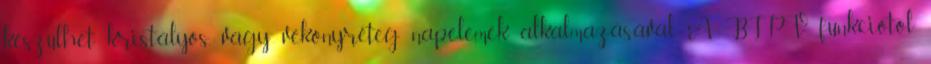
készülhet kristályos, vagy vékonyréteg napelemek alkalmazásával. A BIPV funkciótól